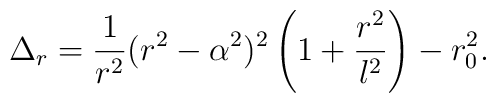
\Delta_r = {1 \over r^2}(r^2-\alpha^2)^2 \left(1+{r^2\over l^2}\right) - r_0^2.